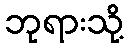
ဘုရားသို့